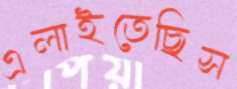
এলাইতেছিস